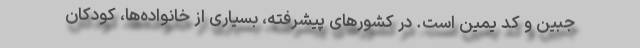
جبین و کد یمین است. در کشورهای پیشرفته، بسیاری از خانواده‌ها، کودکان